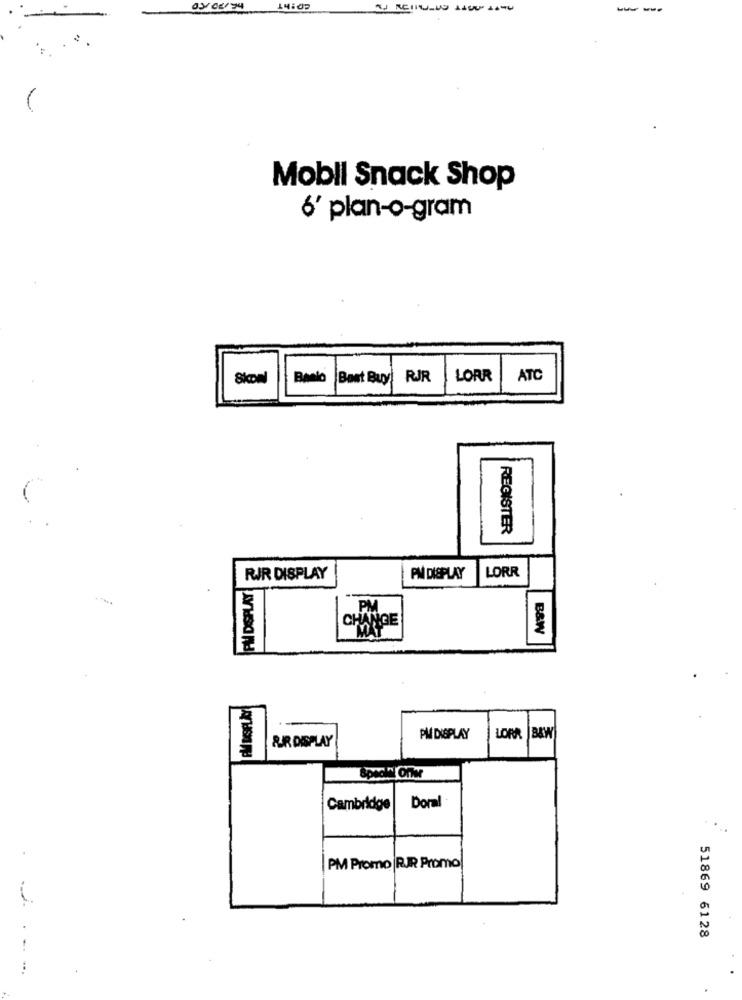
03/06/74 14:00
Mobil Snack Shop
6' plan-o-gram
Banlo Best Buy!
RJR
LORR
ATC
REGISTER
RIR DISPLAY
PM DISPLAY
LORR
PM DISPLAY
PM
CHANGE
B&W
&R DISPLAY
PM DISPLAY
LOPR
B&W
Cambridge
Doral
PM Promo RJR Promo
51869 6128
...